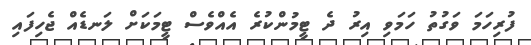
ފުރިހަމަ ވަގުތު ހަމަވި އިރު ދެ ޓީމުންކުރެ އެއްވެސް ޓީމަކަށް ލަނޑެއް ޖެހިފައި